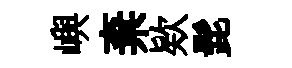
嶼棄欵髭